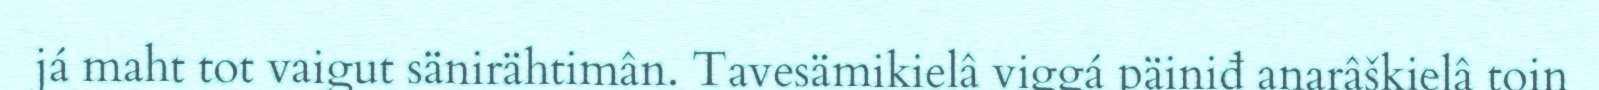
já maht tot vaigut sänirähtimân. Tavesämikielâ viggá päiniđ anarâškielâ toin